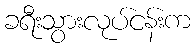
ခရီးသွားလုပ်ငန်းက